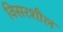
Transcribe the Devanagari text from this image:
विसरशील